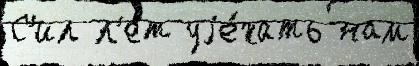
С'ил л'ет уjе́хать нам